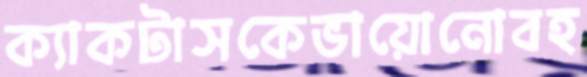
ক্যাকটাসকেভায়োনোবহ